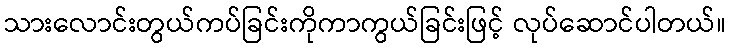
သားလောင်းတွယ်ကပ်ခြင်းကိုကာကွယ်ခြင်းဖြင့် လုပ်ဆောင်ပါတယ်။